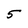
Character: 5